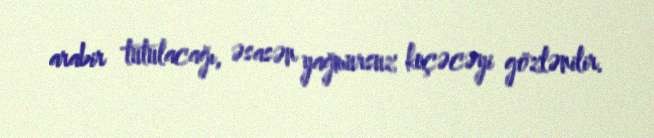
arabir tutulacağı, əsasən yağmursuz keçəcəyi gözlənilir.